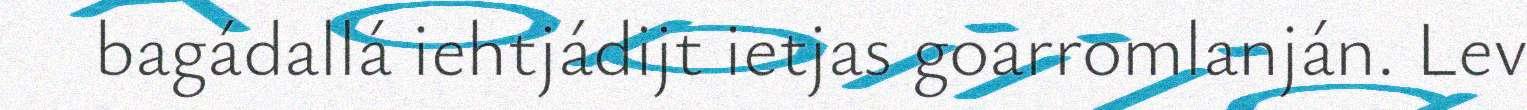
bagádallá iehtjádijt ietjas goarromlanján. Lev